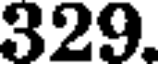
329.